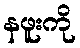
နဖူးကို